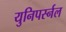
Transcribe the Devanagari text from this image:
युनिपर्स्नल